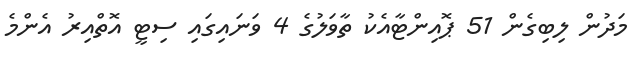
މަދުން ލިބިގެން 51 ޕޮއިންޓާއެކު ތާވަލުގެ 4 ވަނައިގައި ސިޓީ އޮތްއިރު އެންމެ